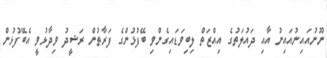
ނޫނުއައިނުއައިނު އާއި ދައުލަތުގެ އިއްޒަތް ލިބިވަޑައިގެންވި ބޭފުޅުންގެ ފަރާތުން ރަޝީދު ވިދާޅުވީ އެބޭފުޅުން